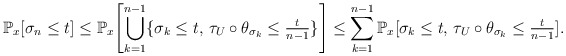
\begin{align*}\mathbb{P}_{x}[\sigma_{n}\leq t]\leq\mathbb{P}_{x}\Biggl[\bigcup_{k=1}^{n-1}\{\sigma_{k}\leq t,\,\tau_{U}\circ\theta_{\sigma_{k}}\leq{\textstyle\frac{t}{n-1}}\}\Biggr]\leq\sum_{k=1}^{n-1}\mathbb{P}_{x}[\sigma_{k}\leq t,\,\tau_{U}\circ\theta_{\sigma_{k}}\leq{\textstyle\frac{t}{n-1}}].\end{align*}